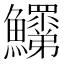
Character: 𩽞